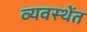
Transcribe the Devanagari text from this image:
व्यवस्थेंत